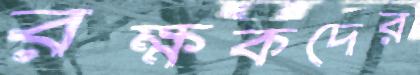
রক্ষকদের